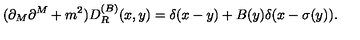
( \partial _ { M } \partial ^ { M } + m ^ { 2 } ) D _ { R } ^ { ( B ) } ( x , y ) = \delta ( x - y ) + B ( y ) \delta ( x - \sigma ( y ) ) .